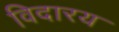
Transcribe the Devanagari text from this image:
विदारय